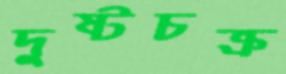
দুষ্টচক্র